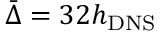
\bar { \Delta } = 3 2 { h _ { \mathrm { { D N S } } } }